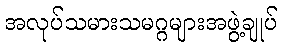
အလုပ်သမားသမဂ္ဂများအဖွဲ့ချုပ်